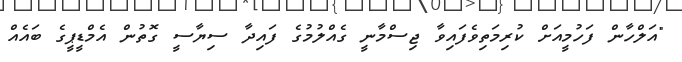
"އަލްހާން ފަހުމީއަށް ކުރިމަތިވެފައިވާ ޖިސްމާނީ ގެއްލުމުގެ ފައިދާ ސިޔާސީ ގޮތުން އެމްޑީޕީގެ ބައެއް